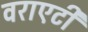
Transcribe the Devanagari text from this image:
वराएटी